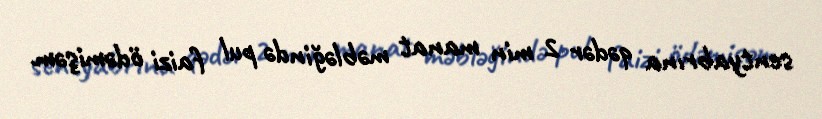
sentyabrına qədər 2 min manat məbləğində pul faizi ödəmişəm.